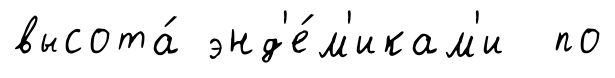
высота́ энд'е́м'икам'и по